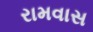
રામવાસ